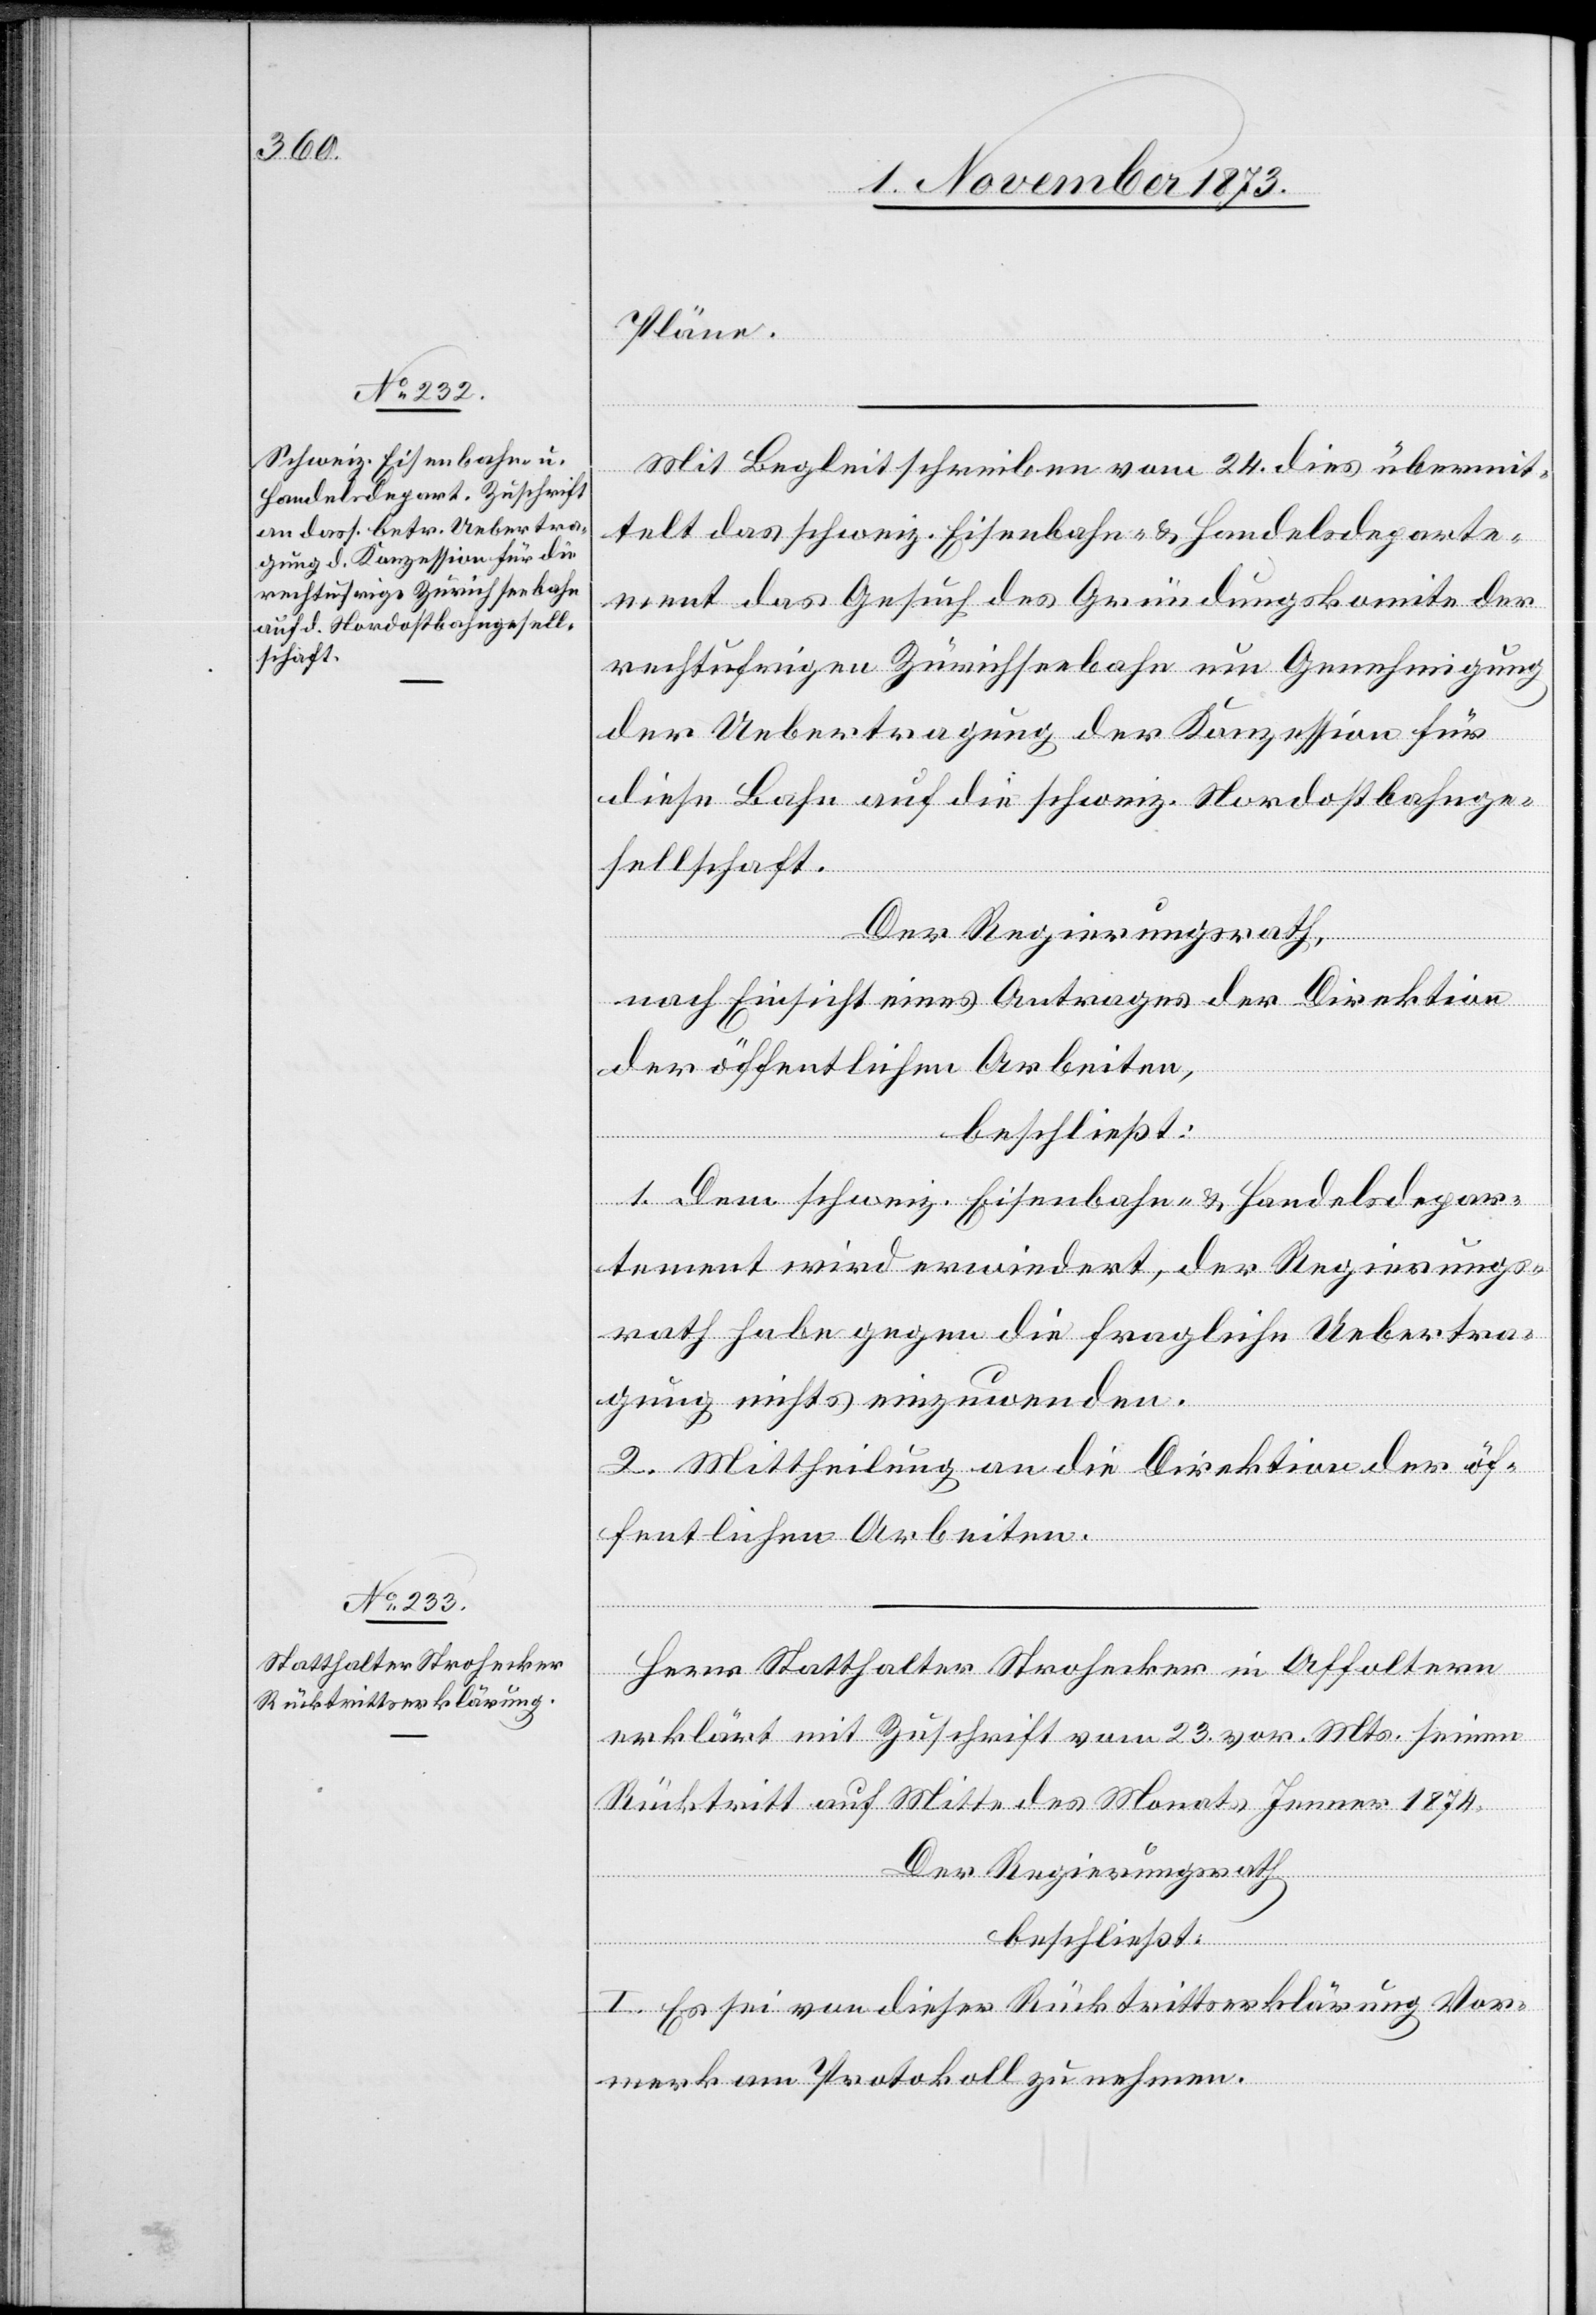
Pläne.
Mit Begleitschreiben vom 24. dies übermit¬
telt das schweiz. Eisenbahn- & Handelsdeparte¬
ment das Gesuch des Gründungskomite der
rechtufrigen Zürichseebahn um Genehmigung
der Uebertragung der Konzession für
diese Bahn auf die schweiz. Nordostbahnge¬
sellschaft.
Der Regierungsrath,
nach Einsicht eines Antrages der Direktion
der öffentlichen Arbeiten,
beschließt:
1. Dem schweiz. Eisenbahn- & Handelsdepar¬
tement wird erwiedert, der Regierungs¬
rath habe gegen die fragliche Uebertra¬
gung nichts einzuwenden.
2. Mittheilung an die Direktion der öf¬
fentlichen Arbeiten.
Herr Statthalter Strohecker in Affoltern
erklärt mit Zuschrift vom 23. vor. Mts. seinen
Rücktritt auf Mitte des Monats Jenner 1874.
Der Regierungsrath
beschließt:
I. Es sei von dieser Rücktrittserklärung Vor¬
merk am Protokoll zu nehmen.